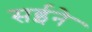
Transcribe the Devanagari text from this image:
सईने